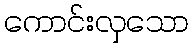
ကောင်းလှသော